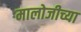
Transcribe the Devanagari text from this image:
मालोजीच्या